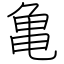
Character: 亀